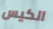
الكيس